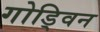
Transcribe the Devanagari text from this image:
गोड्विन